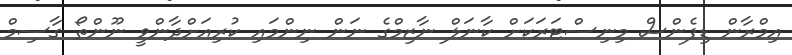
އިމްރާން ޑިފެންސް މިނިސްޓަރަކަށް ކާނަލް ނާޒިމްގެ ނަން ނިންމައި ކުރިއަށްދާންވީ ނޫންތޯ ގާސިމް